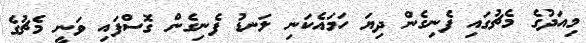
މިއަދުގެ މެޗުގައި ފެނިގެން ދިޔަ ހަމައެކަނި ލަނޑު ފެނިގެން ގޮސްފައި ވަނީ މެޗުގެ